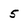
Character: 5